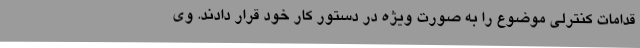
قدامات کنترلی موضوع را به صورت ویژه در دستور کار خود قرار دادند. وی